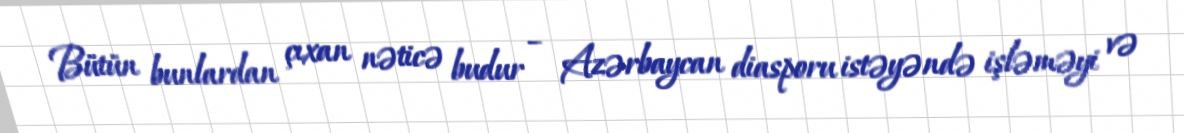
Bütün bunlardan çıxan nəticə budur – Azərbaycan diasporu istəyəndə işləməyi və